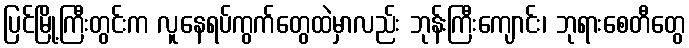
ပြင်မြို့ကြီးတွင်းက လူနေရပ်ကွက်တွေထဲမှာလည်း ဘုန်းကြီးကျောင်း၊ ဘုရားစေတီတွေ